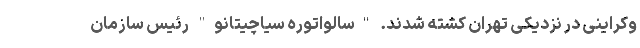
وکراینی در نزدیکی تهران کشته شدند. "سالواتوره سیاچیتانو" رئیس سازمان